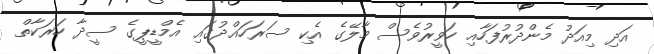
އަދި މިއަދު މެންދުރުފަހާއި ހަވީރުވެސް މާލޭގެ އެކި ސަރަހައްދުގައި އެމްޑީޕީގެ ސީދާ ހަރަކާތް